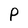
Character: P